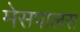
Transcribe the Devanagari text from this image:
मेसपालस